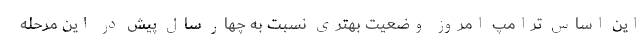
این اساس ترامپ امروز وضعیت بهتری نسبت به چهار سال پیش در این مرحله